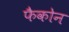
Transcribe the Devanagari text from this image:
फैकोन